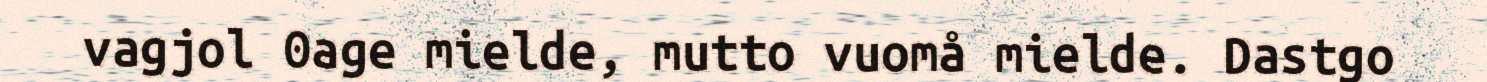
vagjol 0age mielde, mutto vuomå mielde. Dastgo